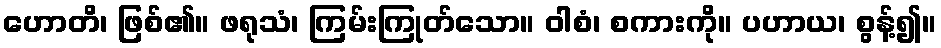
ဟောတိ၊ ဖြစ်၏။ ဖရုသံ၊ ကြမ်းကြုတ်သော။ ဝါစံ၊ စကားကို။ ပဟာယ၊ စွန့်၍။